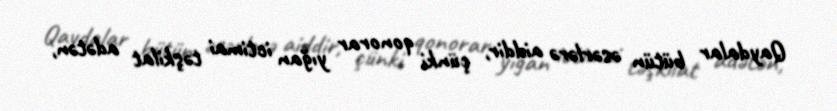
Qaydalar bütün əsərlərə aiddir, çünki qonorar yığan ictimai təşkilat adətən,